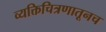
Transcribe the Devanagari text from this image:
व्यक्तिचित्रणातूनच